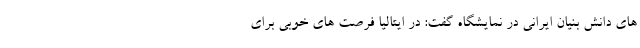
های دانش بنیان ایرانی در نمایشگاه گفت: در ایتالیا فرصت های خوبی برای